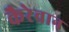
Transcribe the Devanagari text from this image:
कैरेवान